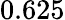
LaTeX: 0.625